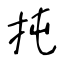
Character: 扽